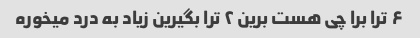
۶ ترا برا چی هست برین ۲ ترا بگیرین زیاد به درد میخوره